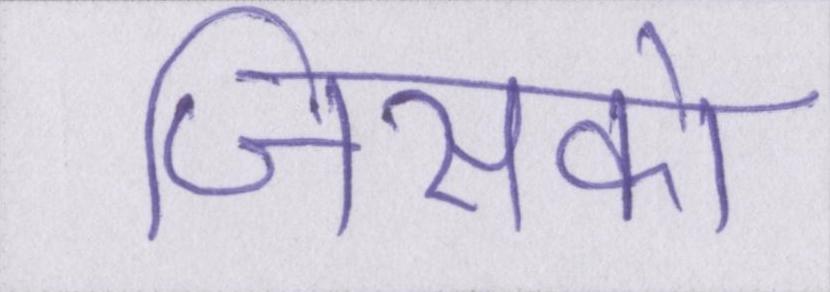
जिसको